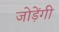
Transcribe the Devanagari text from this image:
जोड़ेंगी